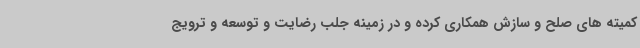
کمیته های صلح و سازش همکاری کرده و در زمینه جلب رضایت و توسعه و ترویج